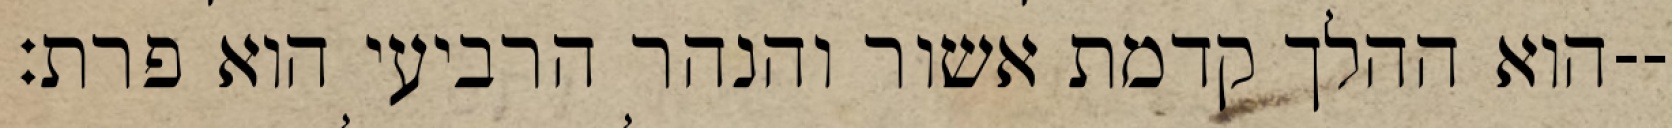
הוא ההלך קדמת אשור והנהר הרביעי הוא פרת׃--